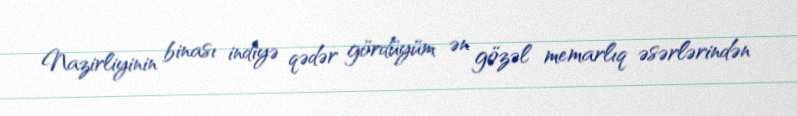
Nazirliyinin binası indiyə qədər gördüyüm ən gözəl memarlıq əsərlərindən